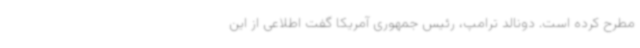
مطرح کرده است. دونالد ترامپ، رئیس جمهوری آمریکا گفت اطلاعی از این